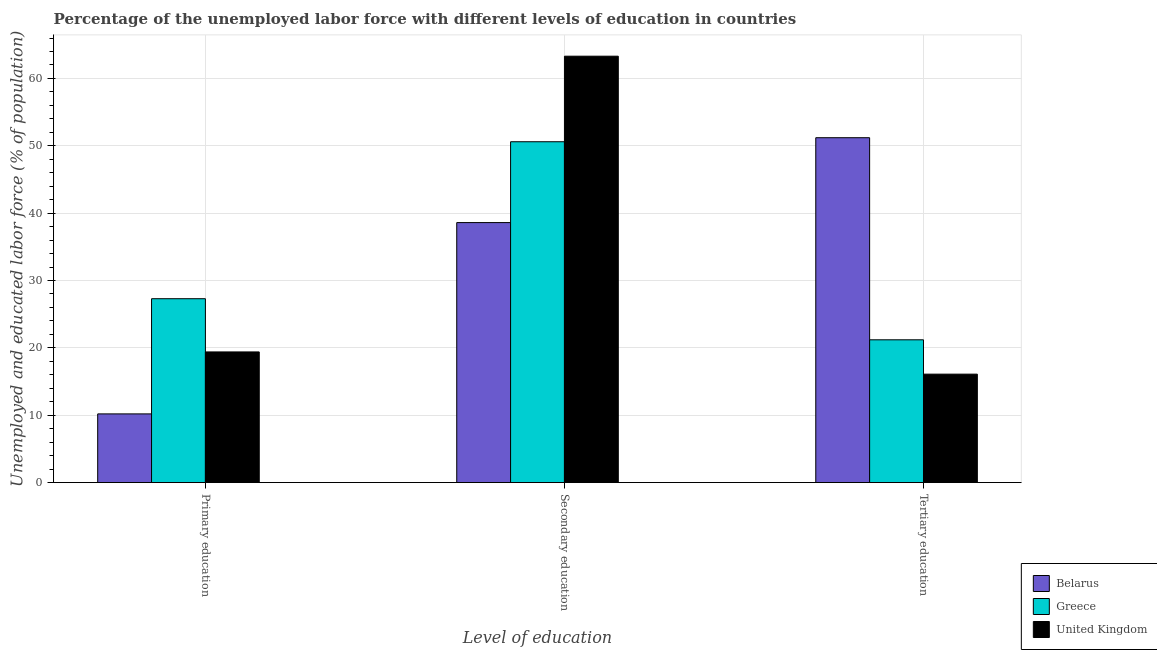
| Level of education | Belarus | Greece | United Kingdom |
 | --- | --- | --- | --- |
 | Primary education | 10.2 | 27.3 | 19.4 |
 | Secondary education | 38.6 | 50.6 | 63.3 |
 | Tertiary education | 51.2 | 21.2 | 16.1 |